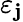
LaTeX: \varepsilon_{\mathbf{j}}